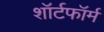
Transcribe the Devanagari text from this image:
शॉर्टफॉर्म